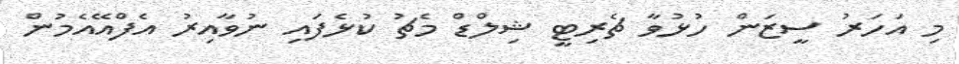
މި އަހަރު ސީޒަން ހުޅުވާ ޗެރިޓީ ޝިލްޑް މެޗު ކުޅެފައި ނުވާއިރު އެފްއޭއެމުން